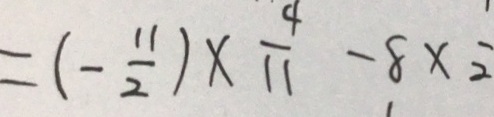
= ( - \frac { 1 1 } { 2 } ) \times \frac { 4 } { 1 1 } - 8 \times \frac { 1 } { 2 }